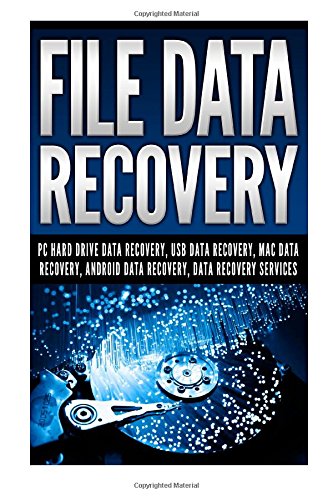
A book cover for File Data Recovery: Pc Hard Drive Data Recovery, Usb Data Recovery, Mac Data Recovery, Android Data Recovery, Data Recovery Services; Mathew Blank; Computers & Technology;